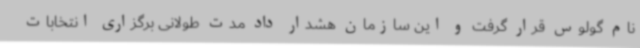
نام گولوس قرار گرفت و این سازمان هشدار داد مدت طولانی برگزاری انتخابات